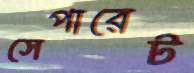
সেপারেট